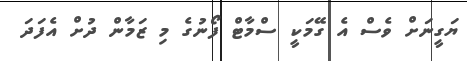
ޔަގީނަށް ވެސް އެ ގޭމަކީ ސްމާޓް ފޯނުގެ މި ޒަމާން ދުށް އެފަދަ